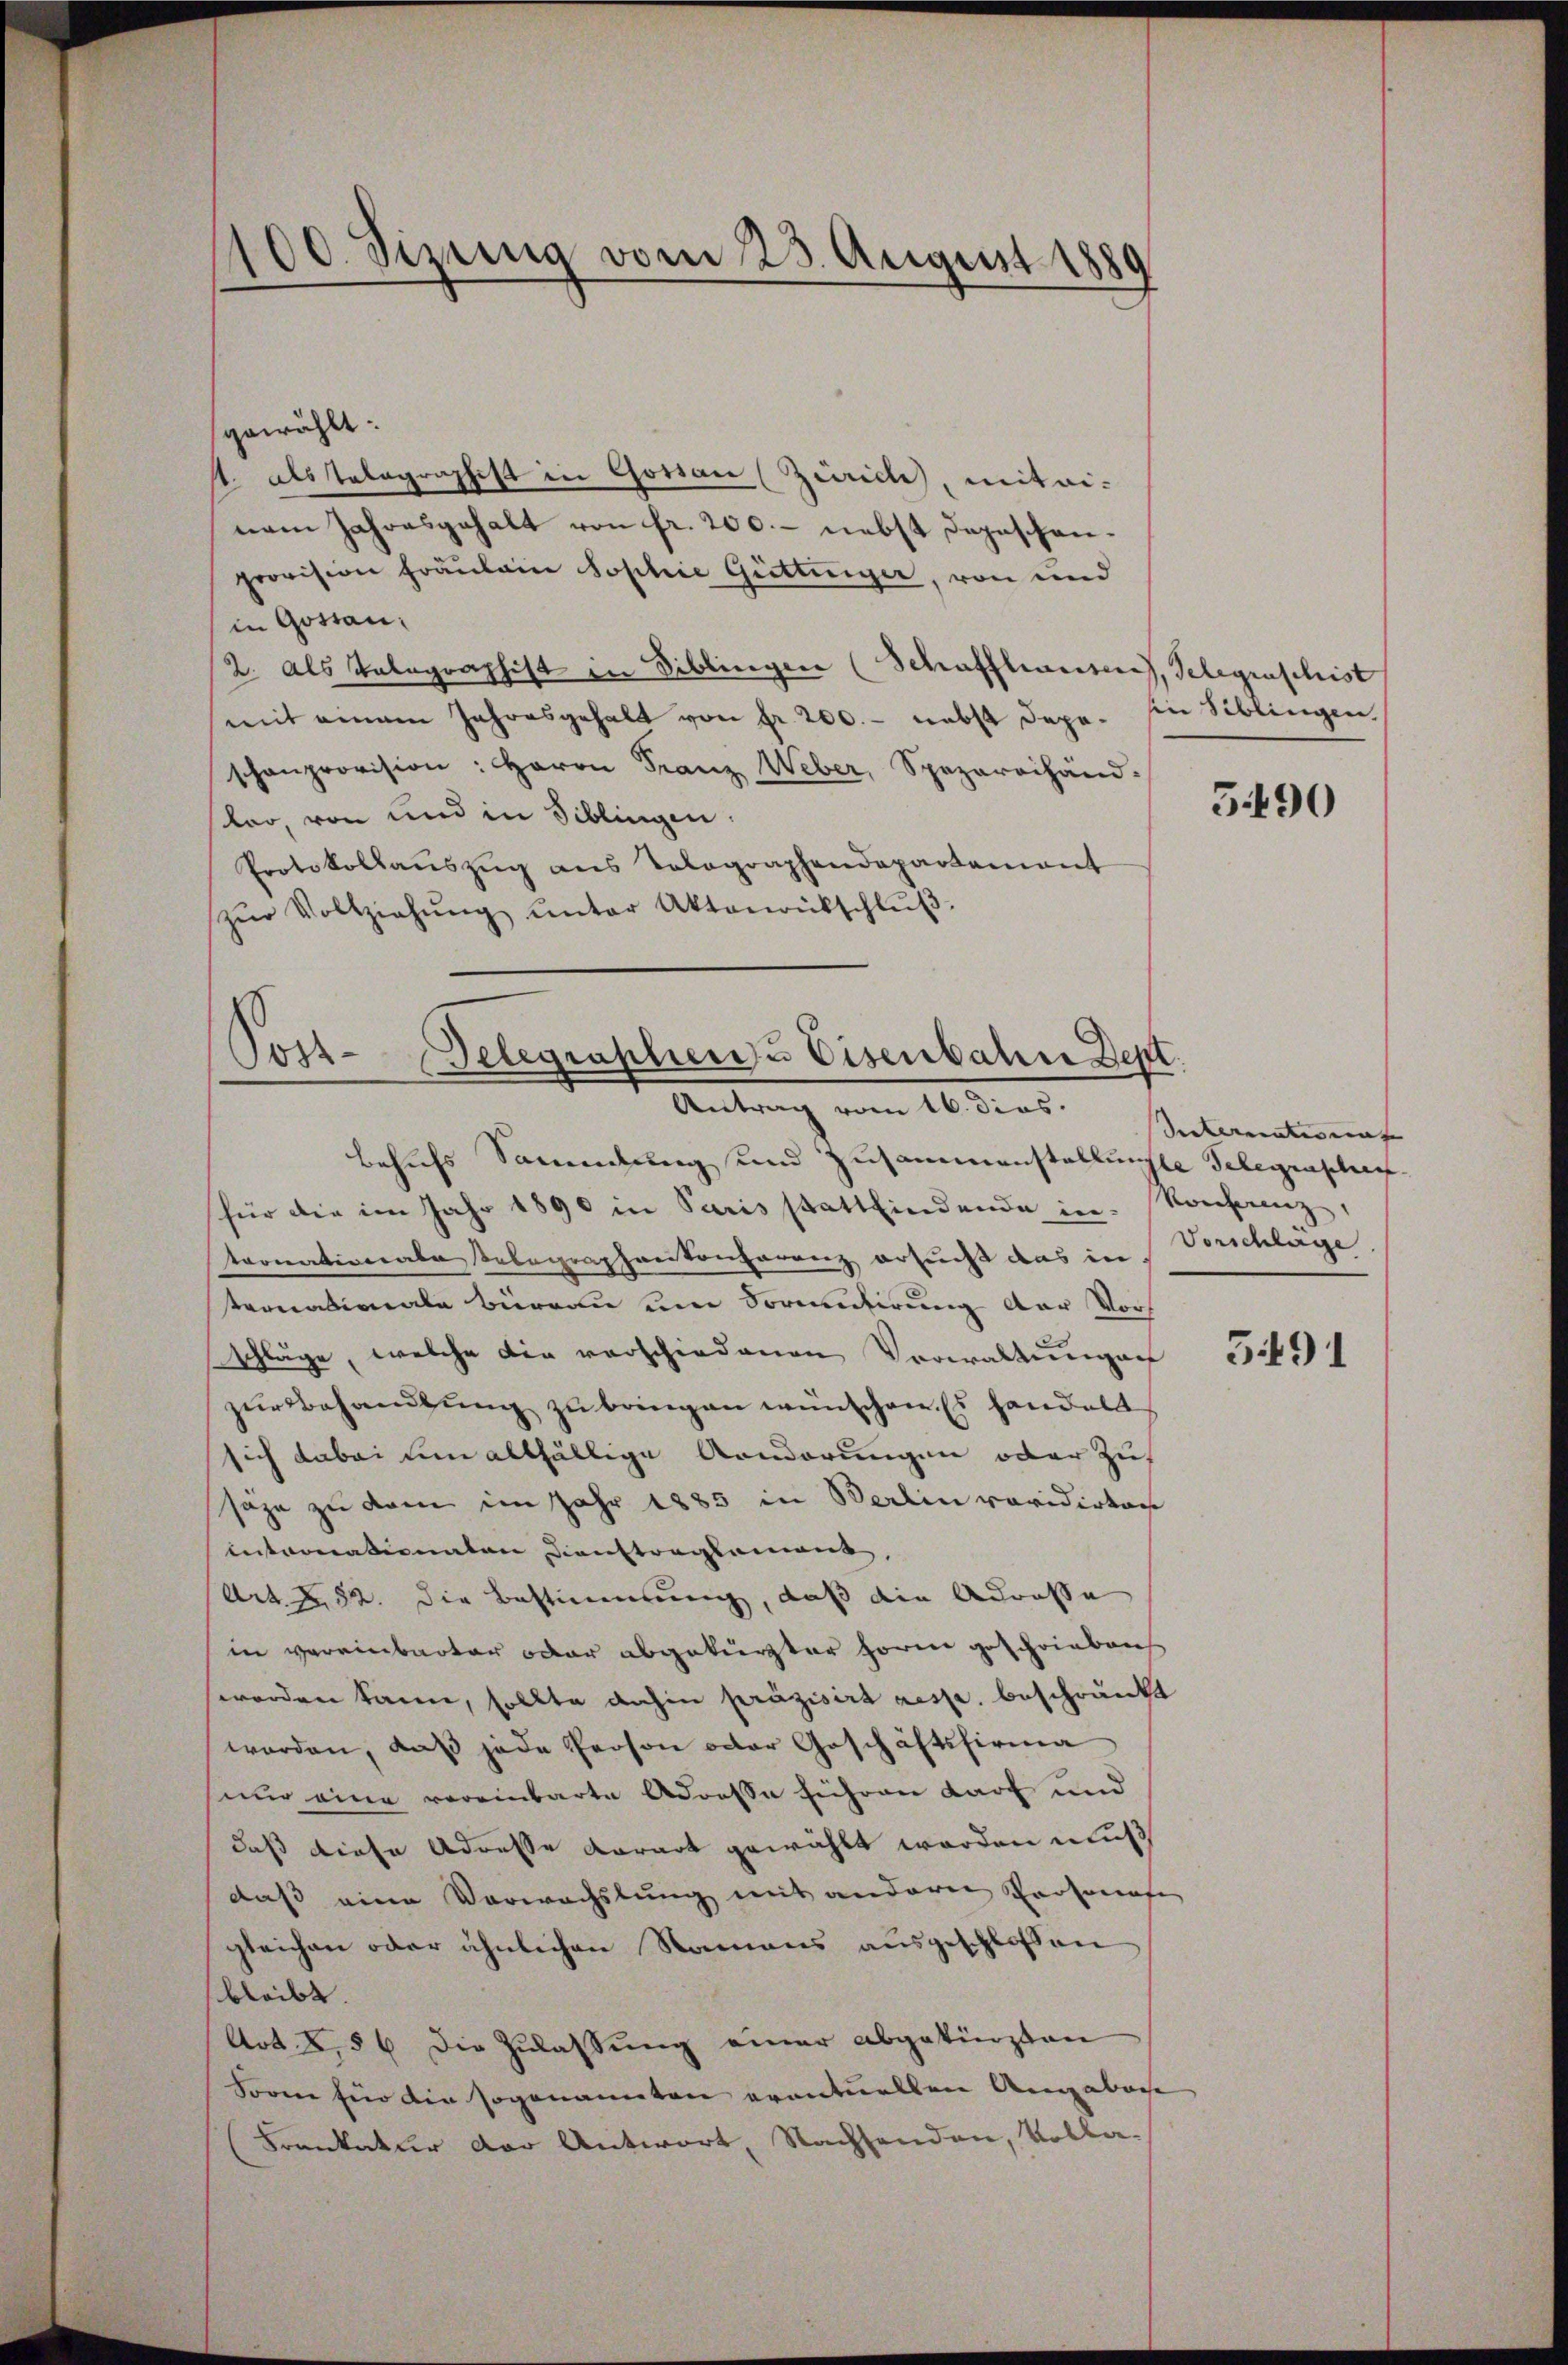
100 Sizung vom 23. August 1889

gewählt:
st. Als Telegraphist in Gossau (Zürich, mitei-
nem Jahresgehalt von fr. 200.- nebst dazuschanprovision Fräulein Sophie Güttinger, von und
in Gostan
2. Als Telegraphist in Biblingen (Schaffhausen), Schegruschrist
mit einem Jahresgehalt von fr. 200. - nebst depe. sn Siblingen.
schanprovision: Herrn Franz Weber, Spazareihän-
sar, von und in Siblingen.
Protokollaŭszŭg ans Tolographendepartement
zŭr Vollziehŭng ŭnter Aktenrütschlŭβ

Post- Gelegraphen Eisenbahne Dept.
Antrag vom 16. dies

behufs Sammlung und Zusammenstellunge Gelegenschaf
für die im Jahr 1890 in Paris stattfindende in Konferenz,
tronationale Relegraphantonsaranz ersucht das in Vorschläge
tronationale Büreau um Vormulirung der Vorschläge, welche die verschiedenen Verwaltung auf
zŭr Behandlŭng zu bringen wünschen. Es handelt
sich dabei um allfällige Aenderungen oder Zus
säge zu kam im Jahr 1885 in Berlin revidirten
Intronationaten Dienstreglement,
Art. 482. Die Bestimmung, daß die Adresse
in vereinbarter oder abgekürzter Form geschrieben
worden kann, sollte dahin präzisirt resp. beschränkt
worden, daß jede Person oder Geschäftsfirma
nur eine vereinbarte Adresse führen darf und
daß diese Adresse Vorart gewählt worden muß
daß eine Verwachslung mit andern Personafe
gleichen oder ähnlichen Namens ausgeschlossen
bleibt.
Art. 256 die Zulassung einer abgekürzten
Form für die sogenannten eventuellen Angebache
Frenkatur der Antwort, Nachsenden, Volla¬

5490

Seckernenter ein |

3491